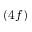
( 4 f )